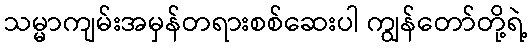
သမ္မာကျမ်းအမှန်တရားစစ်ဆေးပါ ကျွန်တော်တို့ရဲ့